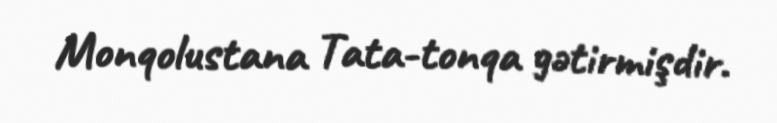
Monqolustana Tata-tonqa gətirmişdir.